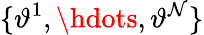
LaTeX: \{ \vartheta^{1},\hdots,\vartheta^{\mathcal{N}}\}